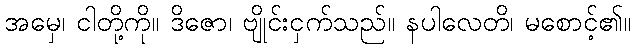
အမှေ၊ ငါတို့ကို။ ဒိဇော၊ ဗျိုင်းငှက်သည်။ နပါလေတိ၊ မစောင့်၏။